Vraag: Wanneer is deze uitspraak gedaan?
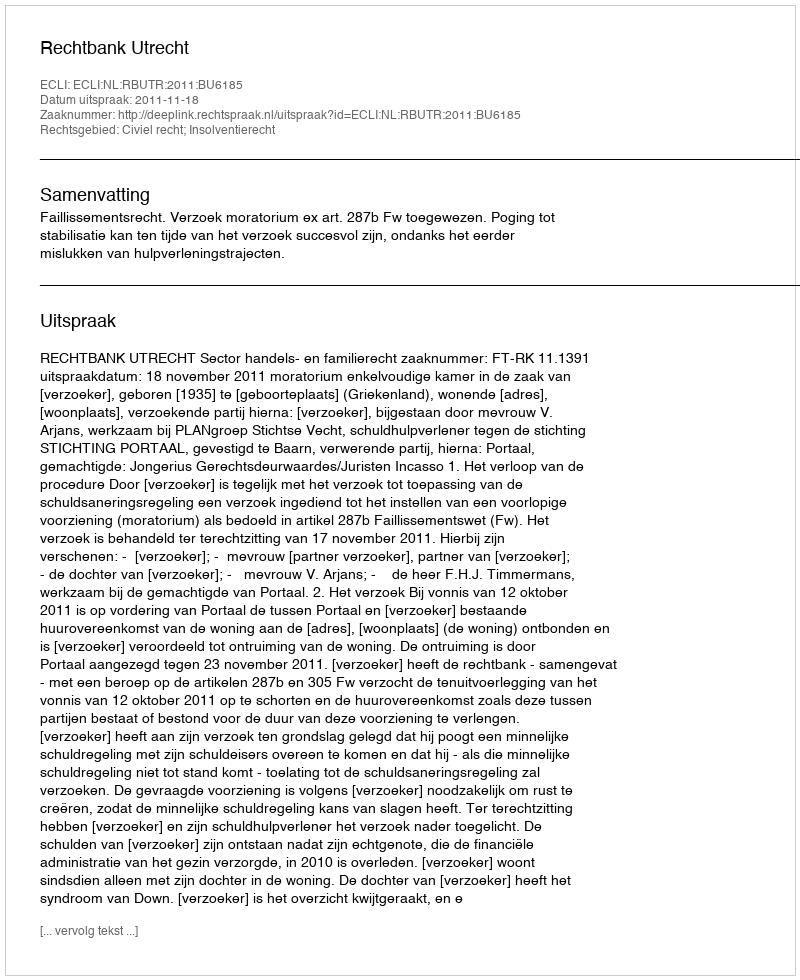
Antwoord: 2011-11-18